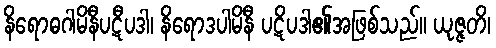
နိရောဓဂါမိနီပဋီပဒါ၊ နိရောဒပါမိနီ ပဋိပဒါ၏အဖြစ်သည်။ ယုဇ္ဇတိ၊